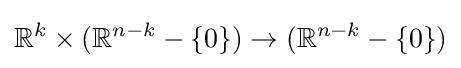
\mathbb {R} ^{k}\times (\mathbb {R} ^{n-k}-\{0\})\to (\mathbb {R} ^{n-k}-\{0\})